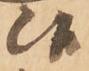
候